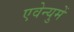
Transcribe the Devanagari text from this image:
एवेन्युमें